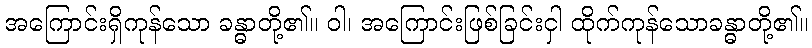
အကြောင်းရှိကုန်သော ခန္ဓာတို့၏။ ဝါ၊ အကြောင်းဖြစ်ခြင်းငှါ ထိုက်ကုန်သောခန္ဓာတို့၏။